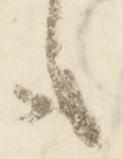
も